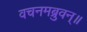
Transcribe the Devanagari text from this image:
वचनमब्रुवन्॥